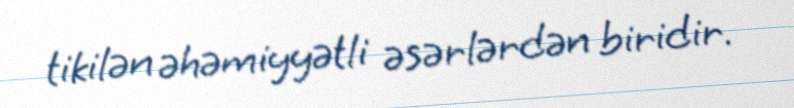
tikilən əhəmiyyətli əsərlərdən biridir.